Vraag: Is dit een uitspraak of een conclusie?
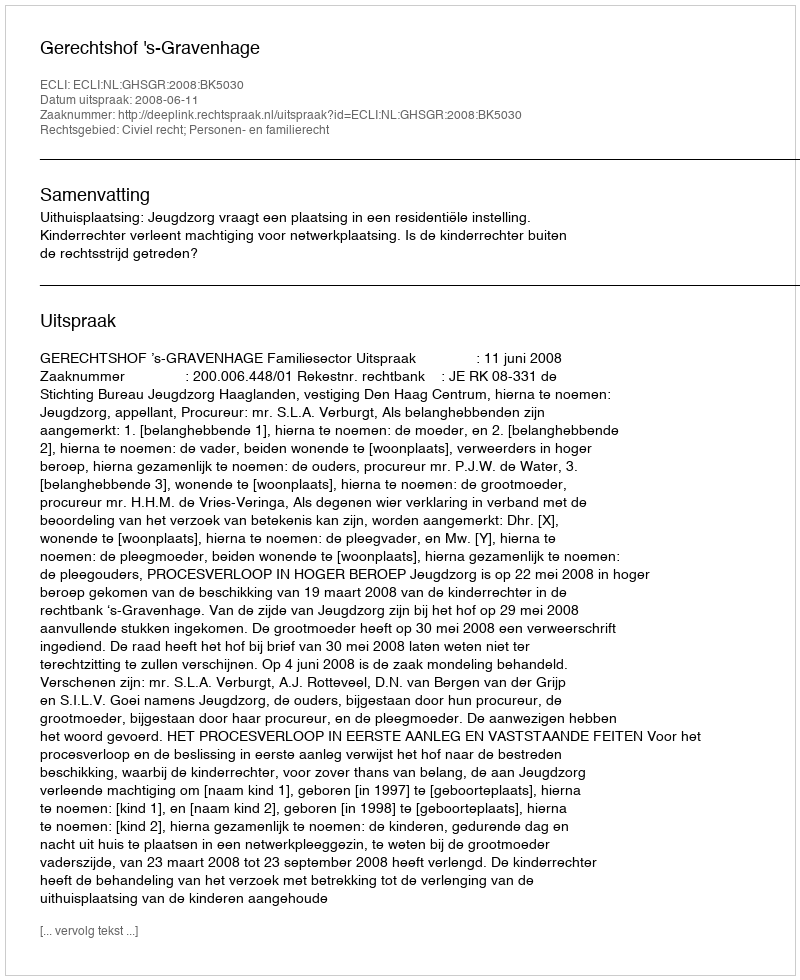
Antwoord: Uitspraak